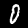
Digit: 0